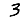
Digit: 3